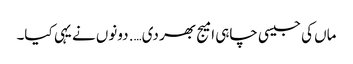
ماں کی جیسی چاہی امیج بھر دی…. دونوں نے یہی کیا۔